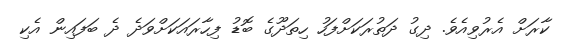
ކާރަށް އެރުވިއެވެ. ދިގު ދަތުރަކަށްފަހު ހިތަދޫގެ ބޮޑު ފިހާރައަކަށްވަދެ ދެ ބަފައިން އެކި